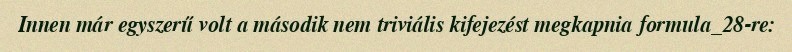
Innen már egyszerű volt a második nem triviális kifejezést megkapnia formula_28-re: